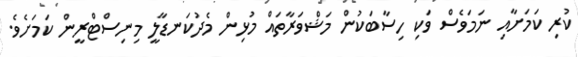
ކުރި ކަމަށާއި ނަމަވެސް ވަކި ހިސާބަކުން މަޝްވަރާތައް މުޅިން މެދުކަނޑާލީ މިނިސްޓްރީން ކަމަށެވެ.